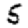
Digit: 5